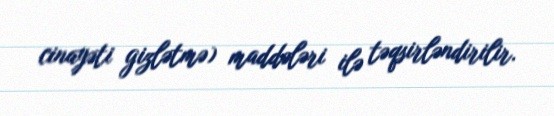
cinayəti gizlətmə) maddələri ilə təqsirləndirilir.